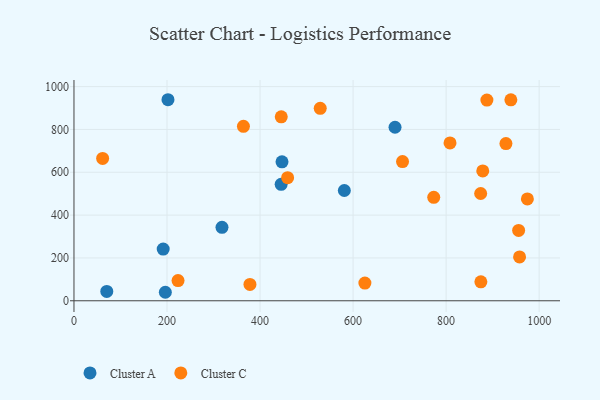
{"axis": {"x": "Investment", "y": "Yield"}, "legend": ["Cluster A", "Cluster C"], "data": [{"x": "447.2", "y": 648.7, "type": "Cluster A"}, {"x": "196.4", "y": 39.7, "type": "Cluster A"}, {"x": "202.1", "y": 938.7, "type": "Cluster A"}, {"x": "191.8", "y": 241.5, "type": "Cluster A"}, {"x": "690.2", "y": 810.2, "type": "Cluster A"}, {"x": "445.4", "y": 543.8, "type": "Cluster A"}, {"x": "318.2", "y": 343.0, "type": "Cluster A"}, {"x": "581.2", "y": 514.8, "type": "Cluster A"}, {"x": "70.5", "y": 43.9, "type": "Cluster A"}, {"x": "874.7", "y": 88.3, "type": "Cluster C"}, {"x": "364.3", "y": 814.6, "type": "Cluster C"}, {"x": "874.3", "y": 500.8, "type": "Cluster C"}, {"x": "808.4", "y": 737.0, "type": "Cluster C"}, {"x": "887.7", "y": 937.0, "type": "Cluster C"}, {"x": "625.4", "y": 82.8, "type": "Cluster C"}, {"x": "706.3", "y": 649.9, "type": "Cluster C"}, {"x": "378.3", "y": 76.3, "type": "Cluster C"}, {"x": "939.2", "y": 938.3, "type": "Cluster C"}, {"x": "928.6", "y": 733.9, "type": "Cluster C"}, {"x": "878.8", "y": 606.3, "type": "Cluster C"}, {"x": "459.3", "y": 574.9, "type": "Cluster C"}, {"x": "445.6", "y": 858.8, "type": "Cluster C"}, {"x": "529.4", "y": 898.6, "type": "Cluster C"}, {"x": "957.9", "y": 204.6, "type": "Cluster C"}, {"x": "955.9", "y": 328.3, "type": "Cluster C"}, {"x": "223.7", "y": 94.5, "type": "Cluster C"}, {"x": "773.4", "y": 482.9, "type": "Cluster C"}, {"x": "974.7", "y": 475.5, "type": "Cluster C"}, {"x": "61.6", "y": 664.6, "type": "Cluster C"}]}